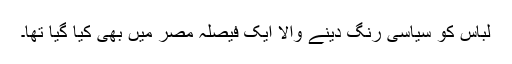
لباس کو سیاسی رنگ دینے والا ایک فیصلہ مصر میں بھی کیا گیا تھا۔